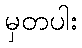
မှတပါး